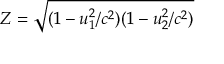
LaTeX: Z = { \sqrt { ( 1 - u _ { 1 } ^ { 2 } / c ^ { 2 } ) ( 1 - u _ { 2 } ^ { 2 } / c ^ { 2 } ) } }